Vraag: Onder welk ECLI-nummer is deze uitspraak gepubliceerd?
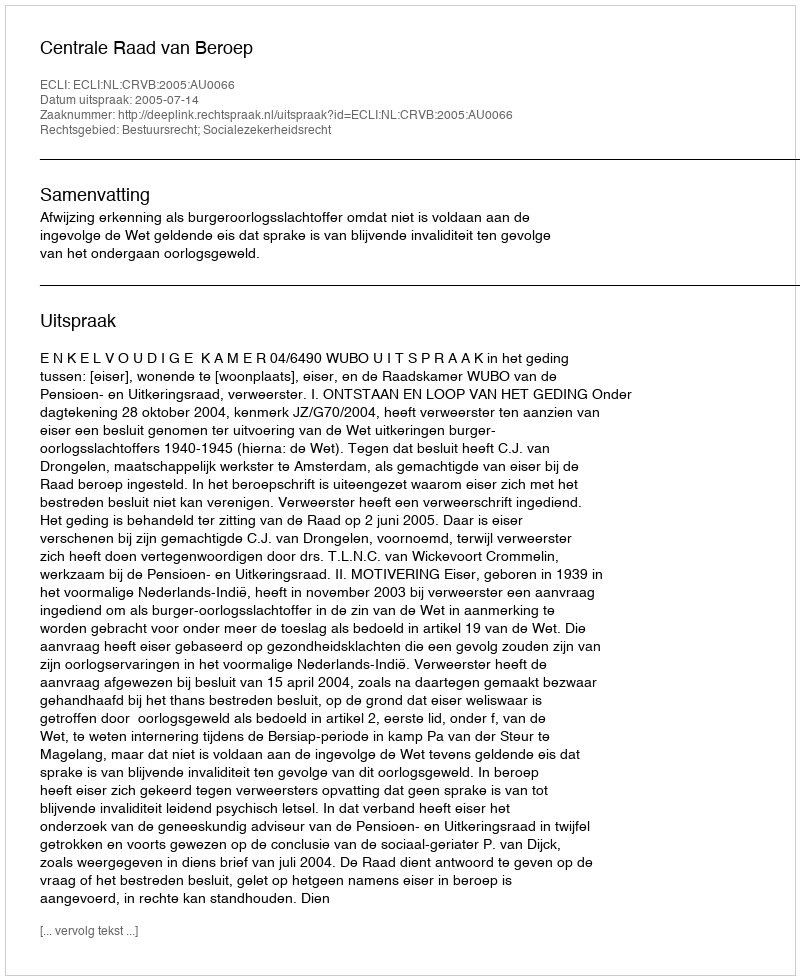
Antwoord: ECLI:NL:CRVB:2005:AU0066